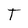
Character: T